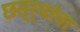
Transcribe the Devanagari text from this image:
छत्र्यांचा